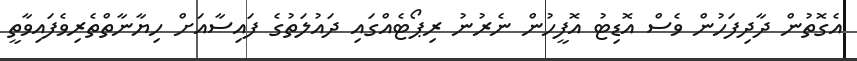
އެގޮތުން ދާދިފަހުން ވެސް އޮޑިޓު އޮފީހުން ނެރުނު ރިޕޯޓެއްގައި ދައުލަތުގެ ފައިސާއަށް ހިޔާނާތްތެރިވެފައިވާތީ